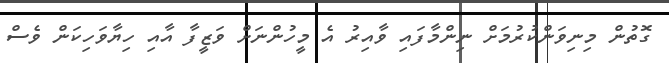
ގޮތުން މިނިވަންކުރުމަށް ނިންމާފައި ވާއިރު އެ މީހުންނަށް ވަޒީފާ އާއި ހިޔާވަހިކަން ވެސް